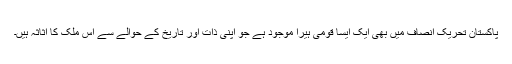
پاکستان تحریک انصاف میں بھی ایک ایسا قومی ہیرا موجود ہے جو اپنی ذات اور تاریخ کے حوالے سے اس ملک کا اثاثہ ہیں۔